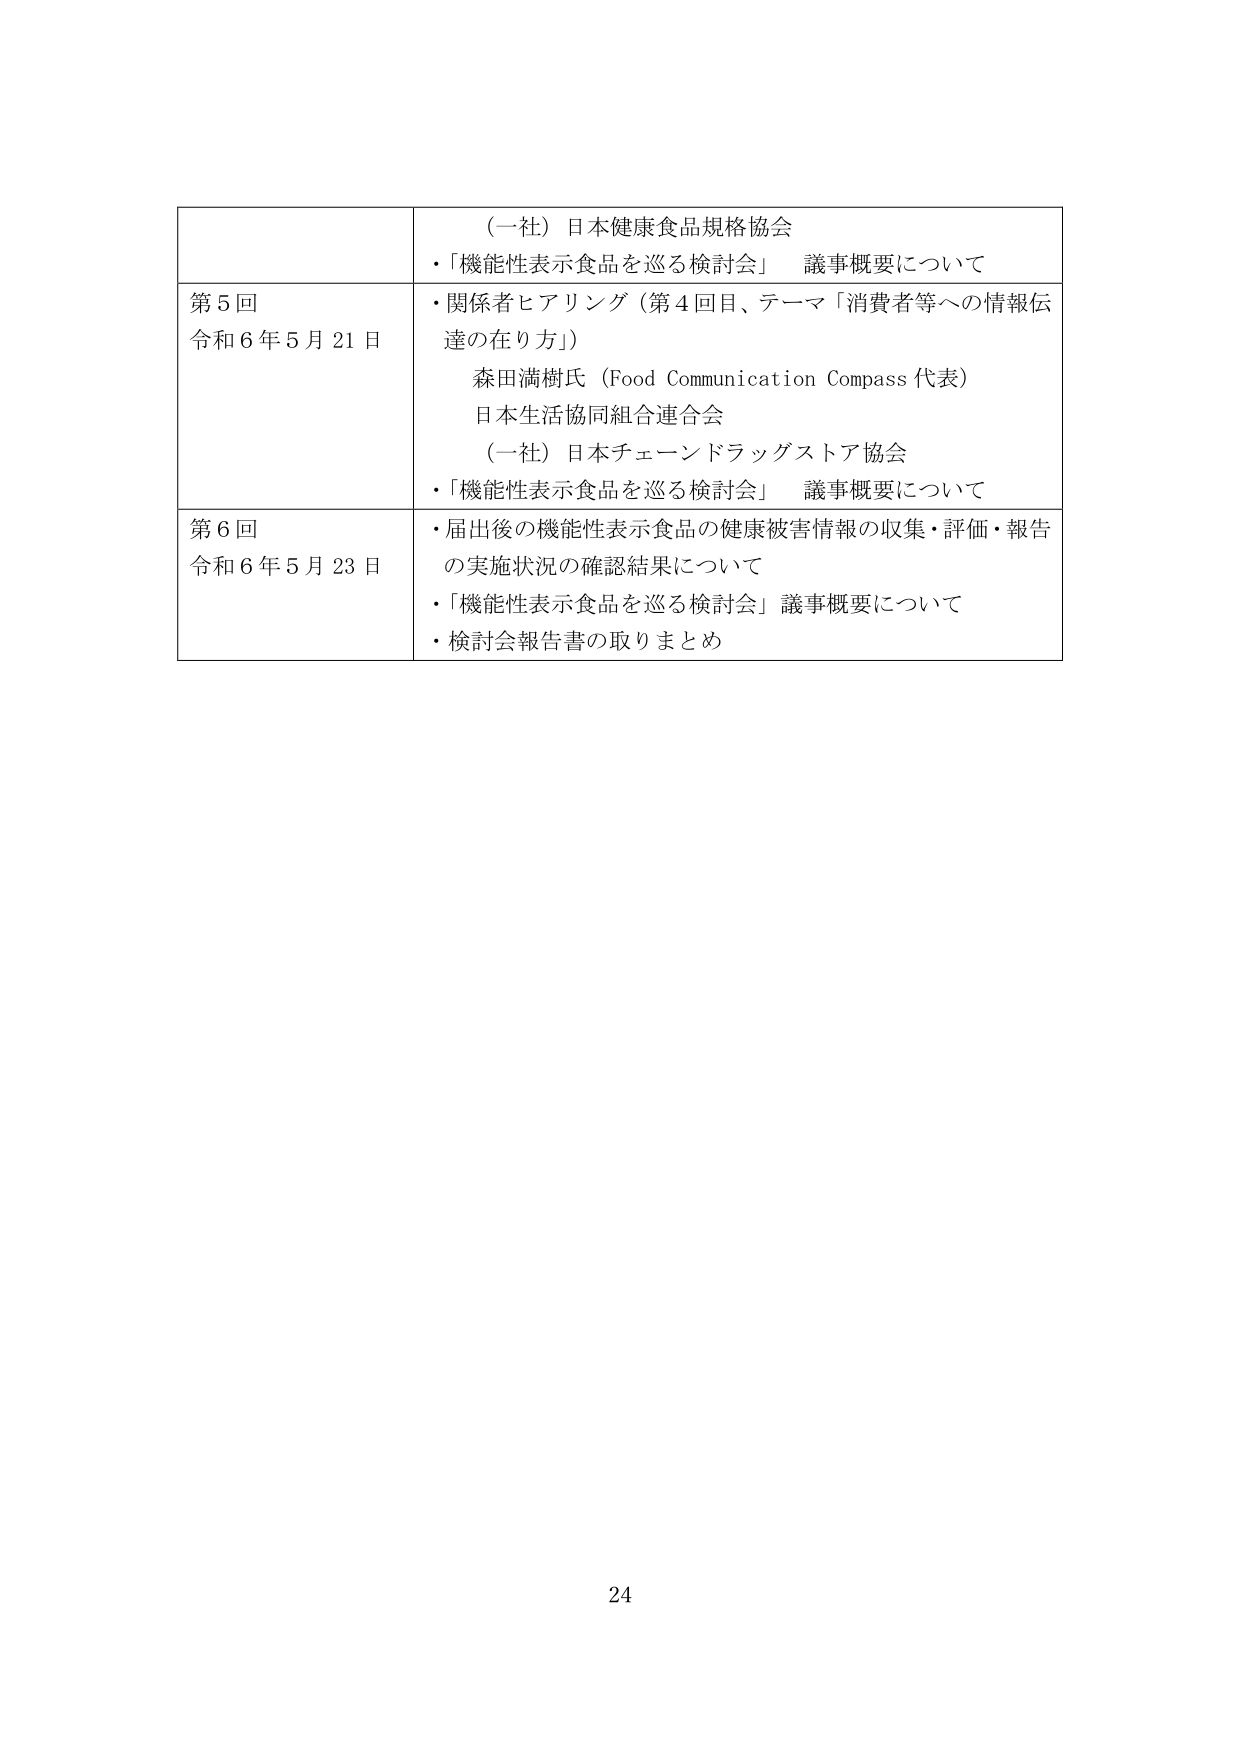
（一社）日本健康食品規格協会
・「機能性表示食品を巡る検討会」 議事概要について

第5回
令和6年5月21日
・関係者ヒアリング（第4回目、テーマ「消費者等への情報伝達の在り方」）
　森田満樹氏（Food Communication Compass 代表）
　日本生活協同組合連合会
　（一社）日本チェーンドラッグストア協会
・「機能性表示食品を巡る検討会」 議事概要について

第6回
令和6年5月23日
・届出後の機能性表示食品の健康被害情報の収集・評価・報告の実施状況の確認結果について
・「機能性表示食品を巡る検討会」議事概要について
・検討会報告書の取りまとめ

24